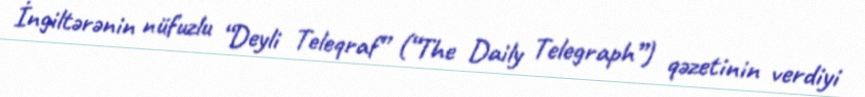
İngiltərənin nüfuzlu “Deyli Teleqraf” (“The Daily Telegraph”) qəzetinin verdiyi